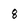
Character: 8